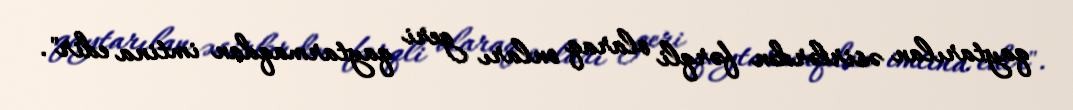
qaytarılan əsirlərdən fərqli olaraq onları geri qaytarmaqdan imtina edir".